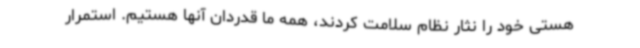
هستی خود را نثار نظام سلامت کردند، همه ما قدردان آنها هستیم. استمرار